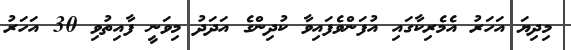
މިދިޔަ އަހަރު އެމެރިކާގައި އުފަންވެފައިވާ ކުދިންގެ އަދަދު މިވަނީ ފާއިތުވި 30 އަހަރު